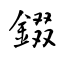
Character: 錣